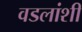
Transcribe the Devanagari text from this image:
वडलांशी